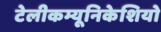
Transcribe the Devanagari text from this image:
टेलीकम्यूनिकेशियो